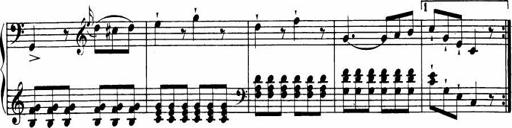
Title: Le bouquetier
Composer: Anton Diabelli
Key: G major
 C major
 F major
 C major